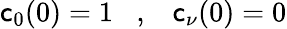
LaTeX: \mathsf{c}_{0}(0)=1\; \; \; ,\; \; \; \mathsf{c}_{\nu}(0)=0